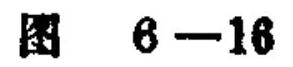
图 6—16